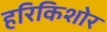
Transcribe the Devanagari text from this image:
हरिकिशोर